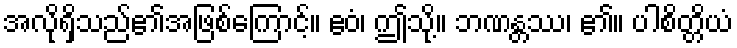
အလိုရှိသည်၏အဖြစ်ကြောင့်။ ဧဝံ၊ ဤသို့။ ဘဏန္တဿ၊ ၏။ ပါစိတ္တိယံ